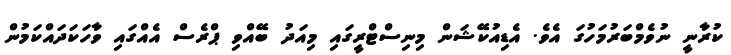
ކުރާނީ ނުވެމްބަރުމަހުގަ އެވެ. އެޑިއުކޭޝަން މިނިސްޓްރީގައި މިއަދު ބޭއްވި ޕްރެސް އެއްގައި ވާހަކަދައްކަމުން